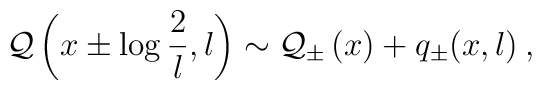
{\cal Q}\left( x\pm \log \displaystyle\frac{2}{l},l\right) \sim {\cal Q}_{\pm }\left( x\right) +q_{\pm }(x,l)\: ,